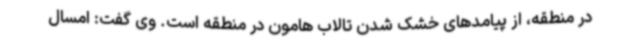
در منطقه، از پیامدهای خشک شدن تالاب هامون در منطقه است. وی گفت: امسال